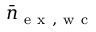
\bar { n } _ { \mathrm { ~ e ~ x ~ , ~ w ~ c ~ } }